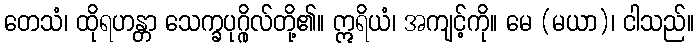
တေသံ၊ ထိုရဟန္တာ သေက္ခပုဂ္ဂိုလ်တို့၏။ ဣရိယံ၊ အကျင့်ကို။ မေ (မယာ)၊ ငါသည်။